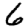
Digit: 6